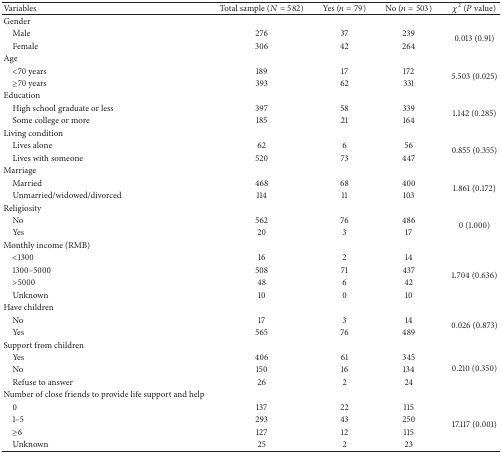
| Variables | Total sample (N = 582) | Yes (n = 79) | No (n = 503) | χ2 (P value) |
 | --- | --- | --- | --- | --- |
 | Gender |  |  |  |  |
 | Male | 276 | 37 | 239 | <ROWSPAN=2> 0.013 (0.91) |
 | Female | 306 | 42 | 264 |
 | Age |  |  |  |  |
 | <70 years | 189 | 17 | 172 | <ROWSPAN=2> 5.503 (0.025) |
 | ≥70 years | 393 | 62 | 331 |
 | Education |  |  |  |  |
 | High school graduate or less | 397 | 58 | 339 | <ROWSPAN=2> 1.142 (0.285) |
 | Some college or more | 185 | 21 | 164 |
 | Living condition |  |  |  |  |
 | Lives alone | 62 | 6 | 56 | <ROWSPAN=2> 0.855 (0.355) |
 | Lives with someone | 520 | 73 | 447 |
 | Marriage |  |  |  |  |
 | Married | 468 | 68 | 400 | <ROWSPAN=2> 1.861 (0.172) |
 | Unmarried/widowed/divorced | 114 | 11 | 103 |
 | Religiosity |  |  |  |  |
 | No | 562 | 76 | 486 | <ROWSPAN=2> 0 (1.000) |
 | Yes | 20 | 3 | 17 |
 | Monthly income (RMB) |  |  |  |  |
 | <1300 | 16 | 2 | 14 | <ROWSPAN=4> 1.704 (0.636) |
 | 1300–5000 | 508 | 71 | 437 |
 | >5000 | 48 | 6 | 42 |
 | Unknown | 10 | 0 | 10 |
 | Have children |  |  |  |  |
 | No | 17 | 3 | 14 | <ROWSPAN=2> 0.026 (0.873) |
 | Yes | 565 | 76 | 489 |
 | Support from children |  |  |  |  |
 | Yes | 406 | 61 | 345 | <ROWSPAN=3> 0.210 (0.350) |
 | No | 150 | 16 | 134 |
 | Refuse to answer | 26 | 2 | 24 |
 | Number of close friends to provide life support and help |  |  |  |  |
 | 0 | 137 | 22 | 115 | <ROWSPAN=4> 17.117 (0.001) |
 | 1–5 | 293 | 43 | 250 |
 | ≥6 | 127 | 12 | 115 |
 | Unknown | 25 | 2 | 23 |